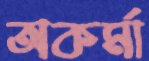
অকর্মা